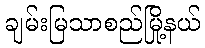
ချမ်းမြသာစည်မြို့နယ်